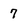
Character: 7